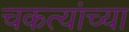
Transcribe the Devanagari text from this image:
चकत्यांच्या